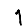
Digit: 1